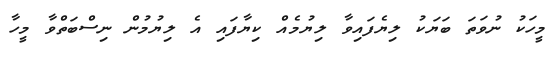
މީހަކު ނުވަތަ ބަޔަކު ލިޔެފައިވާ ލިޔުމެއް ކިޔާފައި އެ ލިޔުމުން ނިސްބަތްވާ މީހާ